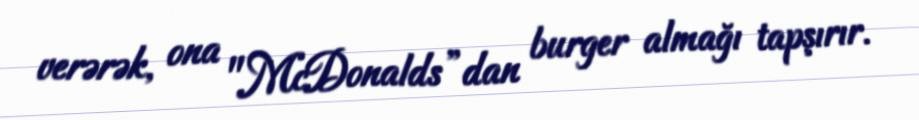
verərək, ona "McDonalds”dan burger almağı tapşırır.